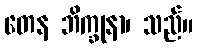
တေန ဘိက္ခုနာ၊ သည်။